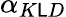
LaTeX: \alpha_{K\mathsf{L}D}